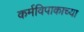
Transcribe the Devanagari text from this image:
कर्मविपाकाच्या